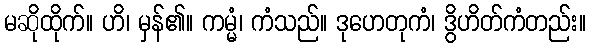
မဆိုထိုက်။ ဟိ၊ မှန်၏။ ကမ္မံ၊ ကံသည်။ ဒုဟေတုကံ၊ ဒွိဟိတ်ကံတည်း။